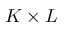
K \times L